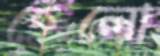
হেলো